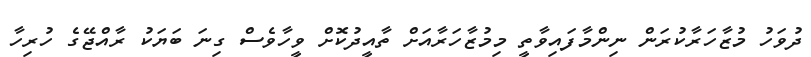
ދުވަހު މުޒާހަރާކުރަން ނިންމާފައިވާތީ މިމުޒާހަރާއަށް ތާއީދުކޮށް ވީހާވެސް ގިނަ ބަޔަކު ރާއްޖޭގެ ހުރިހާ